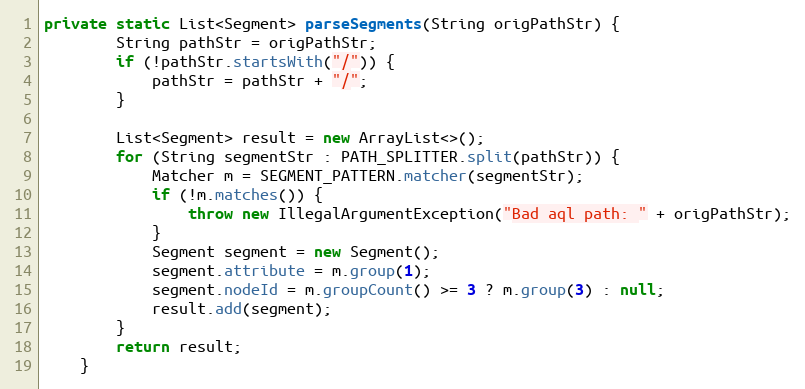
Language: Java
private static List<Segment> parseSegments(String origPathStr) {
        String pathStr = origPathStr;
        if (!pathStr.startsWith("/")) {
            pathStr = pathStr + "/";
        }

        List<Segment> result = new ArrayList<>();
        for (String segmentStr : PATH_SPLITTER.split(pathStr)) {
            Matcher m = SEGMENT_PATTERN.matcher(segmentStr);
            if (!m.matches()) {
                throw new IllegalArgumentException("Bad aql path: " + origPathStr);
            }
            Segment segment = new Segment();
            segment.attribute = m.group(1);
            segment.nodeId = m.groupCount() >= 3 ? m.group(3) : null;
            result.add(segment);
        }
        return result;
    }